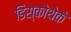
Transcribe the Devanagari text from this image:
डिस्कोथेके